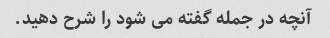
آنچه در جمله گفته می شود را شرح دهید.